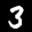
Label: 3